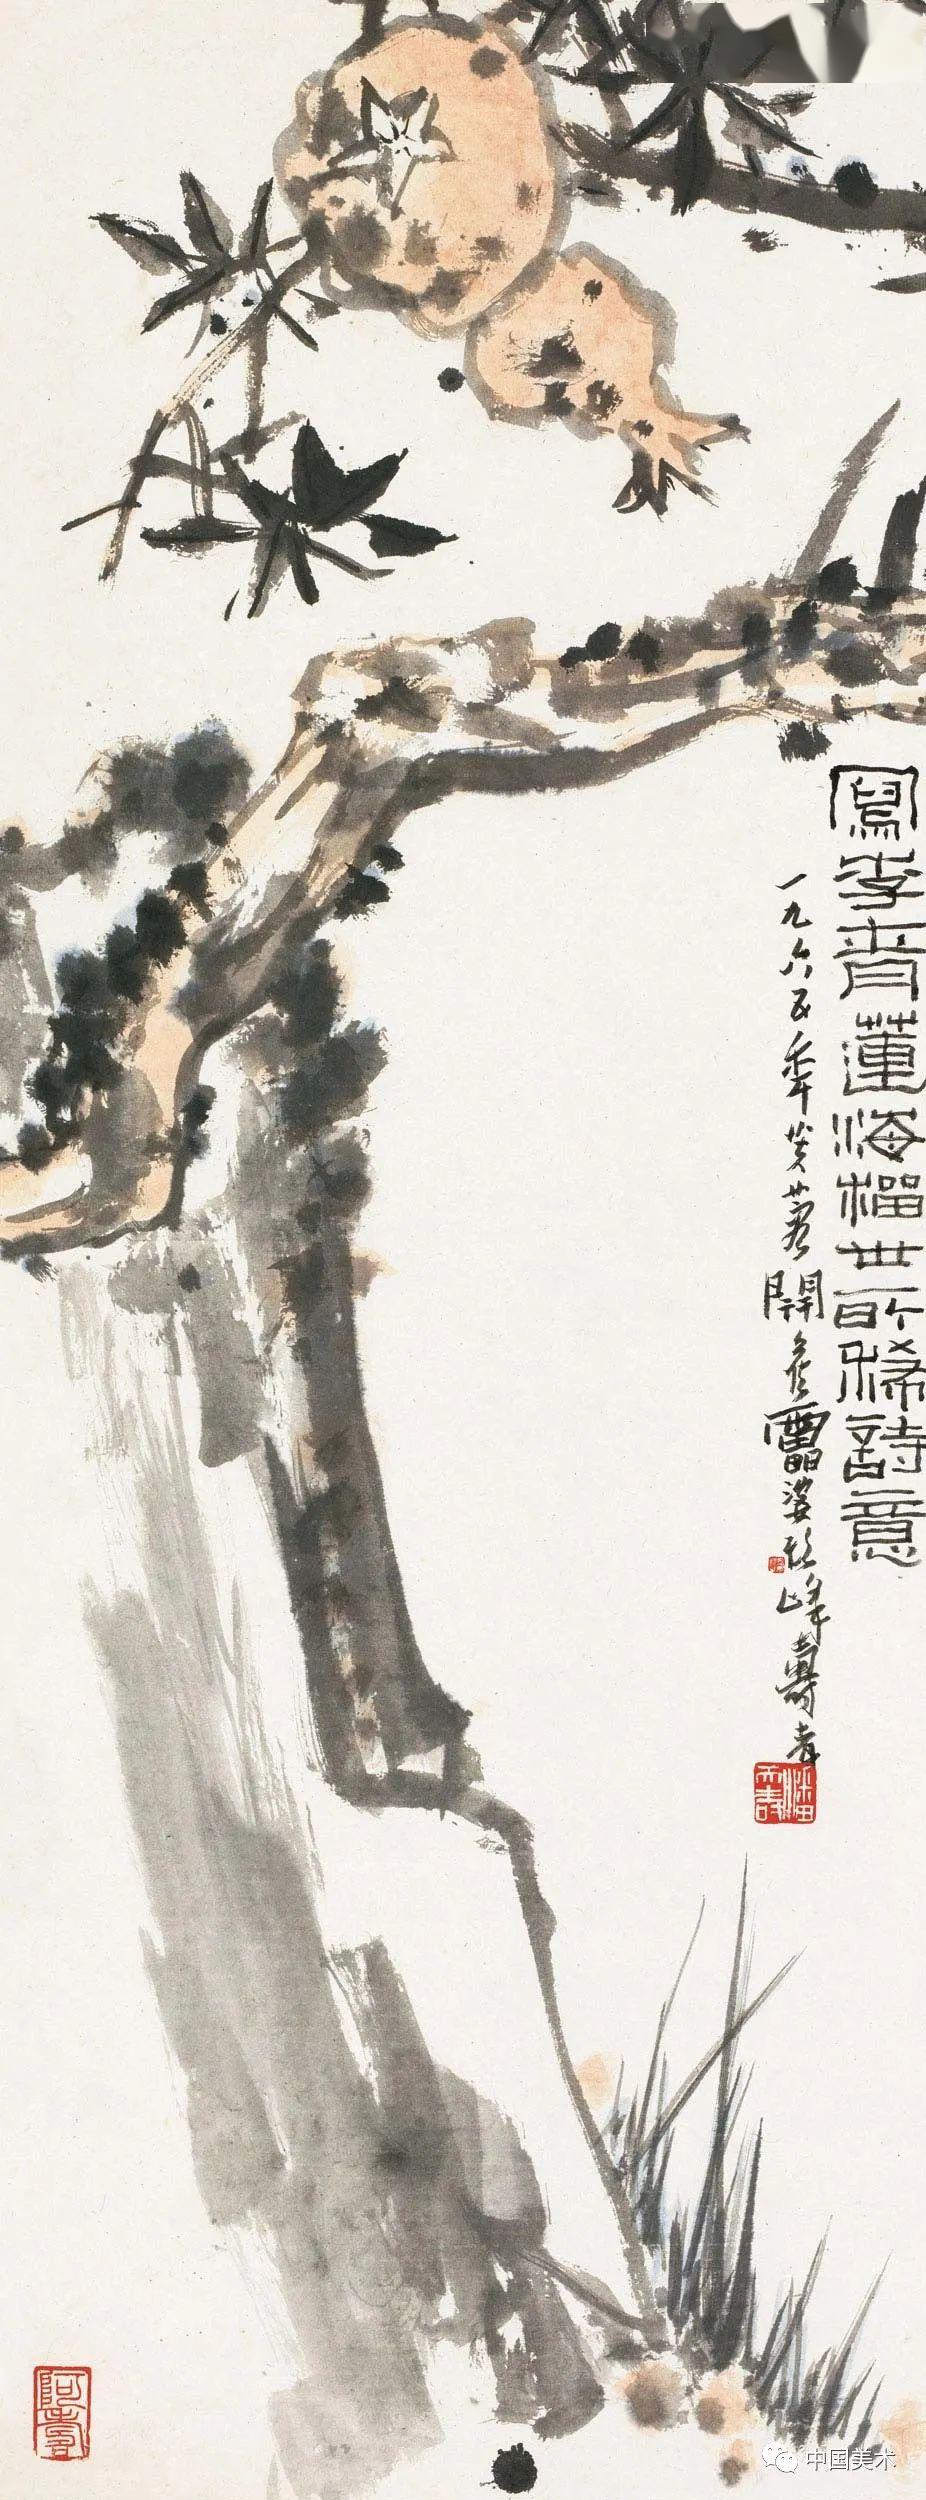
还始觉留情缘眼，宽带因春。